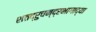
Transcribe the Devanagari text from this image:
शतद्रुचन्द्रभागाद्या